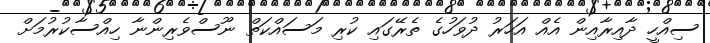
ސިއްހީ ދާއިރާއިން އެއް އަހަރު ދުވަހުގެ ތެރޭގައި ކުރި މަސައްކަތް ނޫސްވެރިންނާ ހިއްސާކުރުމަށް